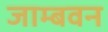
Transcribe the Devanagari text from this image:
जाम्बवन